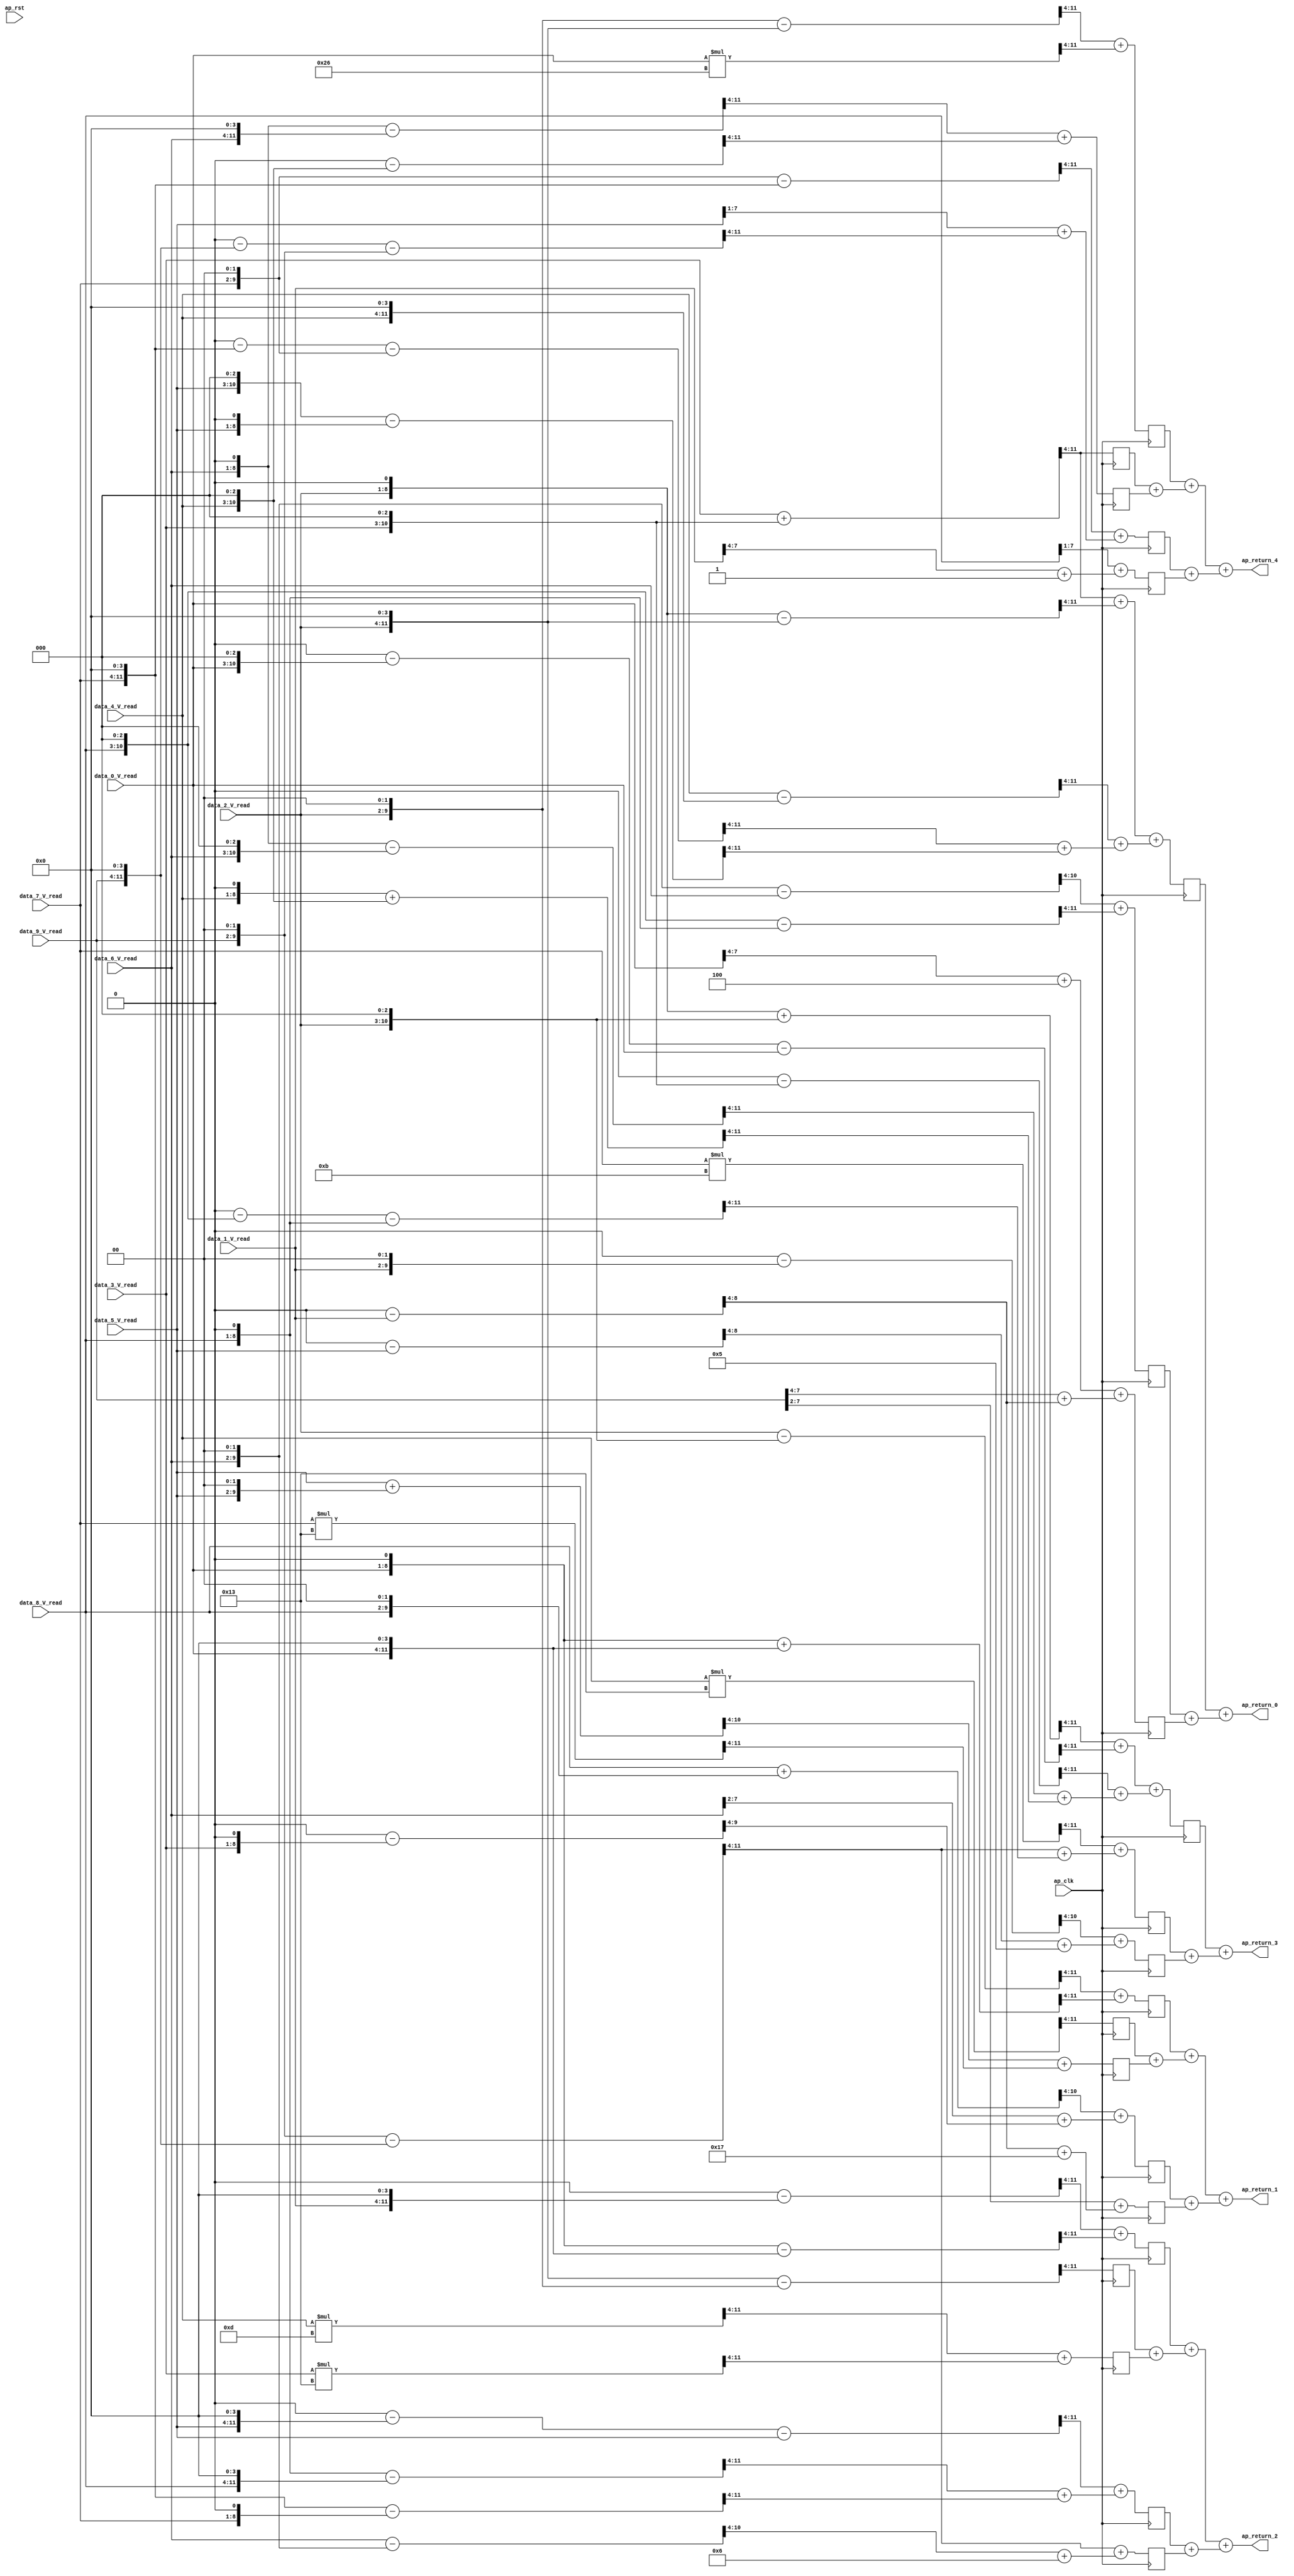
// ==============================================================
// RTL generated by Vivado(TM) HLS - High-Level Synthesis from C, C++ and SystemC
// Version: 2018.2
// Copyright (C) 1986-2018 Xilinx, Inc. All Rights Reserved.
// 
// ===========================================================

`timescale 1 ns / 1 ps 

module dense_wrapper_ap_fixed_ap_fixed_8_4_5_3_0_config10_s (
        ap_clk,
        ap_rst,
        data_0_V_read,
        data_1_V_read,
        data_2_V_read,
        data_3_V_read,
        data_4_V_read,
        data_5_V_read,
        data_6_V_read,
        data_7_V_read,
        data_8_V_read,
        data_9_V_read,
        ap_return_0,
        ap_return_1,
        ap_return_2,
        ap_return_3,
        ap_return_4
);


input   ap_clk;
input   ap_rst;
input  [7:0] data_0_V_read;
input  [7:0] data_1_V_read;
input  [7:0] data_2_V_read;
input  [7:0] data_3_V_read;
input  [7:0] data_4_V_read;
input  [7:0] data_5_V_read;
input  [7:0] data_6_V_read;
input  [7:0] data_7_V_read;
input  [7:0] data_8_V_read;
input  [7:0] data_9_V_read;
output  [7:0] ap_return_0;
output  [7:0] ap_return_1;
output  [7:0] ap_return_2;
output  [7:0] ap_return_3;
output  [7:0] ap_return_4;

reg   [7:0] tmp_80_2_2_reg_2960;
wire    ap_block_state1_pp0_stage0_iter0;
wire    ap_block_state2_pp0_stage0_iter1;
wire    ap_block_pp0_stage0_11001;
wire   [7:0] tmp_80_3_fu_1829_p4;
reg   [7:0] tmp_80_3_reg_2965;
reg   [7:0] tmp_80_4_1_reg_2970;
wire   [7:0] tmp6_fu_2647_p2;
reg   [7:0] tmp6_reg_2975;
wire   [7:0] tmp11_fu_2653_p2;
reg   [7:0] tmp11_reg_2980;
wire   [6:0] tmp12_fu_2669_p2;
reg   [6:0] tmp12_reg_2985;
wire   [7:0] tmp15_fu_2675_p2;
reg   [7:0] tmp15_reg_2990;
wire   [7:0] tmp17_fu_2681_p2;
reg   [7:0] tmp17_reg_2995;
wire   [7:0] tmp19_fu_2697_p2;
reg   [7:0] tmp19_reg_3000;
wire   [6:0] tmp21_fu_2713_p2;
reg   [6:0] tmp21_reg_3005;
wire   [7:0] tmp24_fu_2719_p2;
reg   [7:0] tmp24_reg_3010;
wire   [7:0] tmp26_fu_2725_p2;
reg   [7:0] tmp26_reg_3015;
wire   [7:0] tmp28_fu_2737_p2;
reg   [7:0] tmp28_reg_3020;
wire   [7:0] tmp30_fu_2749_p2;
reg   [7:0] tmp30_reg_3025;
wire   [7:0] tmp32_fu_2773_p2;
reg   [7:0] tmp32_reg_3030;
wire   [7:0] tmp37_fu_2785_p2;
reg   [7:0] tmp37_reg_3035;
wire   [7:0] tmp39_fu_2801_p2;
reg   [7:0] tmp39_reg_3040;
wire   [7:0] tmp42_fu_2807_p2;
reg   [7:0] tmp42_reg_3045;
wire   [7:0] tmp44_fu_2813_p2;
reg   [7:0] tmp44_reg_3050;
wire   [7:0] tmp46_fu_2825_p2;
reg   [7:0] tmp46_reg_3055;
wire   [7:0] tmp48_fu_2841_p2;
reg   [7:0] tmp48_reg_3060;
wire  signed [7:0] p_Val2_7_1_fu_186_p0;
wire  signed [11:0] OP1_V_7_cast_fu_2285_p1;
wire    ap_block_pp0_stage0;
wire  signed [7:0] p_Val2_4_1_fu_201_p0;
wire  signed [11:0] OP1_V_4_cast_fu_1897_p1;
wire  signed [7:0] p_Val2_3_2_fu_205_p0;
wire  signed [11:0] OP1_V_3_cast_fu_1806_p1;
wire  signed [7:0] p_Val2_4_2_fu_213_p0;
wire  signed [7:0] p_Val2_0_4_fu_216_p0;
wire  signed [11:0] OP1_V_0_cast_fu_1469_p1;
wire  signed [7:0] p_Val2_7_3_fu_221_p0;
wire  signed [7:0] OP1_V_0_cast_fu_1469_p0;
wire  signed [7:0] tmp_184_fu_1474_p1;
wire   [3:0] tmp_184_fu_1474_p4;
wire  signed [7:0] p_shl78_fu_1488_p1;
wire  signed [7:0] p_shl79_fu_1496_p1;
wire   [8:0] p_shl79_fu_1496_p3;
wire  signed [11:0] p_shl79_cast_fu_1504_p1;
wire   [11:0] p_shl78_fu_1488_p3;
wire   [11:0] p_Val2_0_1_fu_1508_p2;
wire   [11:0] p_Val2_0_2_fu_1524_p2;
wire  signed [7:0] p_shl73_fu_1540_p1;
wire   [10:0] p_shl73_fu_1540_p3;
wire  signed [11:0] p_shl73_cast_fu_1548_p1;
wire   [11:0] p_neg32_fu_1552_p2;
wire   [11:0] p_Val2_0_3_fu_1558_p2;
wire   [11:0] p_Val2_0_4_fu_216_p2;
wire  signed [7:0] OP1_V_1_cast_fu_1584_p0;
wire  signed [8:0] OP1_V_1_cast_fu_1584_p1;
wire   [8:0] p_Val2_1_fu_1588_p2;
wire   [4:0] tmp_185_fu_1594_p4;
wire  signed [7:0] p_shl71_fu_1608_p1;
wire   [11:0] p_shl71_fu_1608_p3;
wire   [11:0] p_Val2_1_2_fu_1616_p2;
wire  signed [7:0] p_shl69_fu_1632_p1;
wire   [9:0] p_shl69_fu_1632_p3;
wire  signed [10:0] p_shl69_cast_fu_1640_p1;
wire   [10:0] p_Val2_1_3_fu_1644_p2;
wire   [6:0] tmp_186_fu_1650_p4;
wire  signed [7:0] tmp_188_fu_1664_p1;
wire   [3:0] tmp_188_fu_1664_p4;
wire  signed [7:0] OP1_V_2_cast_fu_1678_p0;
wire  signed [7:0] p_shl66_fu_1682_p1;
wire  signed [7:0] p_shl68_fu_1690_p1;
wire   [8:0] p_shl68_fu_1690_p3;
wire  signed [11:0] p_shl68_cast_fu_1698_p1;
wire   [11:0] p_shl66_fu_1682_p3;
wire   [11:0] p_Val2_2_fu_1702_p2;
wire  signed [7:0] tmp_204_fu_1718_p1;
wire   [10:0] tmp_204_fu_1718_p3;
wire  signed [11:0] OP1_V_2_cast_fu_1678_p1;
wire  signed [11:0] p_shl4_fu_1726_p1;
wire   [11:0] p_Val2_2_1_fu_1730_p2;
wire  signed [7:0] p_shl63_fu_1746_p1;
wire   [9:0] p_shl63_fu_1746_p3;
wire  signed [11:0] p_shl63_cast_fu_1754_p1;
wire   [11:0] p_Val2_2_2_fu_1758_p2;
wire   [11:0] p_Val2_2_3_fu_1774_p2;
wire   [11:0] p_Val2_2_4_fu_1790_p2;
wire  signed [7:0] OP1_V_3_cast_fu_1806_p0;
wire  signed [7:0] p_shl56_fu_1811_p1;
wire   [10:0] p_shl56_fu_1811_p3;
wire  signed [11:0] p_shl56_cast_fu_1819_p1;
wire   [11:0] p_Val2_3_fu_1823_p2;
wire  signed [7:0] p_shl54_fu_1839_p1;
wire   [8:0] p_shl54_fu_1839_p3;
wire  signed [9:0] p_shl54_cast_fu_1847_p1;
wire   [9:0] p_Val2_3_1_fu_1851_p2;
wire   [5:0] tmp_189_fu_1857_p4;
wire   [11:0] p_Val2_3_2_fu_205_p2;
wire   [11:0] p_Val2_3_3_fu_1881_p2;
wire  signed [7:0] OP1_V_4_cast_fu_1897_p0;
wire  signed [7:0] p_shl2_fu_1903_p1;
wire   [11:0] p_shl2_fu_1903_p3;
wire   [11:0] p_Val2_4_fu_1911_p2;
wire   [11:0] p_Val2_4_1_fu_201_p2;
wire   [11:0] p_Val2_4_2_fu_213_p2;
wire  signed [7:0] p_shl48_fu_1947_p1;
wire   [10:0] p_shl48_fu_1947_p3;
wire  signed [7:0] p_shl49_fu_1959_p1;
wire   [8:0] p_shl49_fu_1959_p3;
wire  signed [11:0] p_shl49_cast_fu_1967_p1;
wire  signed [11:0] p_shl48_cast_fu_1955_p1;
wire   [11:0] p_Val2_4_3_fu_1971_p2;
wire   [11:0] p_Val2_4_4_fu_1987_p2;
wire  signed [7:0] OP1_V_5_cast4_fu_2003_p0;
wire  signed [7:0] OP1_V_5_cast6_fu_2007_p0;
wire  signed [7:0] OP1_V_5_cast_fu_2011_p0;
wire  signed [7:0] p_shl44_fu_2015_p1;
wire   [10:0] p_shl44_fu_2015_p3;
wire  signed [7:0] p_shl45_fu_2027_p1;
wire   [8:0] p_shl45_fu_2027_p3;
wire  signed [11:0] p_shl44_cast_fu_2023_p1;
wire  signed [11:0] p_shl45_cast_fu_2035_p1;
wire   [11:0] p_Val2_5_fu_2039_p2;
wire  signed [7:0] p_shl43_fu_2055_p1;
wire   [9:0] p_shl43_fu_2055_p3;
wire  signed [10:0] OP1_V_5_cast_fu_2011_p1;
wire  signed [10:0] p_shl43_cast_fu_2063_p1;
wire   [10:0] p_Val2_5_1_fu_2067_p2;
wire   [6:0] tmp_190_fu_2073_p4;
wire  signed [7:0] p_shl41_fu_2087_p1;
wire   [11:0] p_shl41_fu_2087_p3;
wire   [11:0] p_neg33_fu_2095_p2;
wire  signed [11:0] OP1_V_5_cast4_fu_2003_p1;
wire   [11:0] p_Val2_5_2_fu_2101_p2;
wire  signed [8:0] OP1_V_5_cast6_fu_2007_p1;
wire   [8:0] p_Val2_5_3_fu_2117_p2;
wire   [4:0] tmp_192_fu_2123_p4;
wire  signed [7:0] tmp_193_fu_2137_p1;
wire   [6:0] tmp_193_fu_2137_p4;
wire  signed [7:0] OP1_V_6_cast5_fu_2151_p0;
wire  signed [7:0] p_shl40_fu_2155_p1;
wire   [9:0] p_shl40_fu_2155_p3;
wire  signed [10:0] p_shl40_cast_fu_2163_p1;
wire  signed [10:0] OP1_V_6_cast5_fu_2151_p1;
wire   [10:0] p_Val2_6_fu_2167_p2;
wire   [6:0] tmp_194_fu_2173_p4;
wire  signed [7:0] tmp_196_fu_2187_p1;
wire   [5:0] tmp_196_fu_2187_p4;
wire   [10:0] p_Val2_6_2_fu_2201_p2;
wire   [6:0] tmp_197_fu_2207_p4;
wire  signed [7:0] p_shl35_fu_2221_p1;
wire   [10:0] p_shl35_fu_2221_p3;
wire  signed [7:0] p_shl37_fu_2233_p1;
wire   [8:0] p_shl37_fu_2233_p3;
wire  signed [11:0] p_shl37_cast_fu_2241_p1;
wire  signed [11:0] p_shl35_cast_fu_2229_p1;
wire   [11:0] p_Val2_6_3_fu_2245_p2;
wire  signed [7:0] p_shl32_fu_2261_p1;
wire   [11:0] p_shl32_fu_2261_p3;
wire   [11:0] p_Val2_6_4_fu_2269_p2;
wire  signed [7:0] OP1_V_7_cast_fu_2285_p0;
wire  signed [7:0] p_shl29_fu_2291_p1;
wire   [11:0] p_shl29_fu_2291_p3;
wire  signed [7:0] p_shl31_fu_2305_p1;
wire   [9:0] p_shl31_fu_2305_p3;
wire   [11:0] p_neg30_fu_2299_p2;
wire  signed [11:0] p_shl31_cast_fu_2313_p1;
wire   [11:0] p_Val2_7_fu_2317_p2;
wire   [11:0] p_Val2_7_1_fu_186_p2;
wire  signed [7:0] p_shl28_fu_2343_p1;
wire   [8:0] p_shl28_fu_2343_p3;
wire  signed [11:0] p_shl28_cast_fu_2351_p1;
wire   [11:0] p_Val2_7_2_fu_2355_p2;
wire   [11:0] p_Val2_7_3_fu_221_p2;
wire   [11:0] p_Val2_7_4_fu_2381_p2;
wire  signed [7:0] OP1_V_8_cast_fu_2397_p0;
wire  signed [7:0] p_shl22_fu_2401_p1;
wire   [10:0] p_shl22_fu_2401_p3;
wire  signed [7:0] p_shl23_fu_2413_p1;
wire   [8:0] p_shl23_fu_2413_p3;
wire  signed [11:0] p_shl22_cast_fu_2409_p1;
wire  signed [11:0] p_shl23_cast_fu_2421_p1;
wire   [11:0] p_Val2_8_fu_2425_p2;
wire  signed [7:0] p_shl21_fu_2441_p1;
wire   [9:0] p_shl21_fu_2441_p3;
wire  signed [10:0] OP1_V_8_cast_fu_2397_p1;
wire  signed [10:0] p_shl21_cast_fu_2449_p1;
wire   [10:0] p_Val2_8_1_fu_2453_p2;
wire   [6:0] tmp_199_fu_2459_p4;
wire  signed [7:0] p_shl18_fu_2473_p1;
wire   [11:0] p_shl18_fu_2473_p3;
wire   [11:0] p_Val2_8_2_fu_2481_p2;
wire   [11:0] p_neg16_fu_2497_p2;
wire   [11:0] p_Val2_8_3_fu_2503_p2;
wire  signed [7:0] tmp_201_fu_2519_p1;
wire   [6:0] tmp_201_fu_2519_p4;
wire   [3:0] tmp_202_fu_2533_p4;
wire   [5:0] tmp_203_fu_2547_p4;
wire   [9:0] p_shl14_fu_2569_p3;
wire  signed [11:0] p_shl14_cast_fu_2577_p1;
wire   [11:0] p_shl12_fu_2561_p3;
wire   [11:0] p_Val2_9_2_fu_2581_p2;
wire   [11:0] p_neg_fu_2597_p2;
wire   [11:0] p_Val2_9_4_fu_2603_p2;
wire  signed [4:0] tmp_80_0_cast_fu_1484_p1;
wire   [4:0] p_Val2_17_fu_2619_p2;
wire   [7:0] tmp_80_2_fu_1708_p4;
wire   [7:0] tmp_80_7_fu_2323_p4;
wire   [7:0] tmp_80_5_fu_2045_p4;
wire   [7:0] tmp_80_4_fu_1917_p4;
wire   [7:0] tmp9_fu_2635_p2;
wire   [7:0] tmp7_fu_2629_p2;
wire   [7:0] tmp8_fu_2641_p2;
wire  signed [7:0] tmp_195_fu_2183_p1;
wire   [7:0] tmp_80_8_fu_2431_p4;
wire  signed [5:0] tmp_80_9_cast_fu_2543_p1;
wire  signed [5:0] p_cast45_fu_1604_p1;
wire   [5:0] tmp13_fu_2659_p2;
wire  signed [6:0] p_Val2_17_0_cast_cast_fu_2625_p1;
wire  signed [6:0] tmp13_cast_fu_2665_p1;
wire   [7:0] tmp_80_2_1_fu_1736_p4;
wire   [7:0] tmp_80_0_1_fu_1514_p4;
wire  signed [7:0] tmp_191_fu_2083_p1;
wire   [7:0] tmp_80_7_1_fu_2333_p4;
wire  signed [6:0] tmp_80_6_1_cast_fu_2197_p1;
wire  signed [6:0] p_cast46_fu_1867_p1;
wire   [6:0] tmp20_fu_2687_p2;
wire  signed [7:0] tmp_200_fu_2469_p1;
wire  signed [7:0] tmp20_cast_fu_2693_p1;
wire   [5:0] tmp22_fu_2703_p2;
wire  signed [6:0] tmp_80_9_1_cast_fu_2557_p1;
wire  signed [6:0] tmp22_cast_fu_2709_p1;
wire   [7:0] tmp_80_1_2_fu_1622_p4;
wire   [7:0] tmp_80_0_2_fu_1530_p4;
wire   [7:0] tmp_80_4_2_fu_1937_p4;
wire   [7:0] tmp_80_3_2_fu_1871_p4;
wire   [7:0] tmp_80_8_2_fu_2487_p4;
wire   [7:0] tmp_80_7_2_fu_2361_p4;
wire   [7:0] tmp_80_5_2_fu_2107_p4;
wire   [7:0] tmp29_fu_2731_p2;
wire  signed [7:0] tmp_198_fu_2217_p1;
wire   [7:0] tmp_80_9_2_fu_2587_p4;
wire   [7:0] tmp31_fu_2743_p2;
wire   [7:0] tmp_80_2_3_fu_1780_p4;
wire   [7:0] tmp_80_0_3_fu_1564_p4;
wire   [7:0] tmp_80_6_3_fu_2251_p4;
wire   [7:0] tmp_80_4_3_fu_1977_p4;
wire   [7:0] tmp_80_3_3_fu_1887_p4;
wire   [7:0] tmp35_fu_2761_p2;
wire   [7:0] tmp33_fu_2755_p2;
wire   [7:0] tmp34_fu_2767_p2;
wire   [7:0] tmp_80_8_3_fu_2509_p4;
wire   [7:0] tmp_80_7_3_fu_2371_p4;
wire   [7:0] tmp38_fu_2779_p2;
wire  signed [5:0] p_cast_fu_2133_p1;
wire   [5:0] tmp40_fu_2791_p2;
wire  signed [7:0] tmp_187_fu_1660_p1;
wire  signed [7:0] tmp40_cast_fu_2797_p1;
wire   [7:0] tmp_80_2_4_fu_1796_p4;
wire   [7:0] tmp_80_0_4_fu_1574_p4;
wire   [7:0] tmp_80_6_4_fu_2275_p4;
wire   [7:0] tmp_80_4_4_fu_1993_p4;
wire  signed [7:0] tmp_80_5_4_fu_2147_p1;
wire   [7:0] tmp_80_9_4_fu_2609_p4;
wire   [7:0] tmp_80_7_4_fu_2387_p4;
wire   [7:0] tmp47_fu_2819_p2;
wire  signed [4:0] tmp_80_1_4_cast_fu_1674_p1;
wire   [4:0] tmp49_fu_2831_p2;
wire  signed [7:0] tmp_80_8_4_fu_2529_p1;
wire  signed [7:0] tmp49_cast_fu_2837_p1;
wire  signed [7:0] tmp12_cast_fu_2847_p1;
wire   [7:0] tmp10_fu_2850_p2;
wire   [7:0] tmp16_fu_2860_p2;
wire  signed [7:0] tmp21_cast_fu_2869_p1;
wire   [7:0] tmp14_fu_2864_p2;
wire   [7:0] tmp18_fu_2872_p2;
wire   [7:0] tmp25_fu_2883_p2;
wire   [7:0] tmp23_fu_2887_p2;
wire   [7:0] tmp27_fu_2892_p2;
wire   [7:0] tmp36_fu_2902_p2;
wire   [7:0] tmp43_fu_2911_p2;
wire   [7:0] tmp41_fu_2915_p2;
wire   [7:0] tmp45_fu_2920_p2;
wire   [7:0] res_0_V_write_assign_fu_2855_p2;
wire   [7:0] acc_1_V_fu_2877_p2;
wire   [7:0] acc_2_V_fu_2896_p2;
wire   [7:0] acc_3_V_fu_2906_p2;
wire   [7:0] acc_4_V_fu_2924_p2;

always @ (posedge ap_clk) begin
    if ((1'b0 == ap_block_pp0_stage0_11001)) begin
        tmp11_reg_2980 <= tmp11_fu_2653_p2;
        tmp12_reg_2985 <= tmp12_fu_2669_p2;
        tmp15_reg_2990 <= tmp15_fu_2675_p2;
        tmp17_reg_2995 <= tmp17_fu_2681_p2;
        tmp19_reg_3000 <= tmp19_fu_2697_p2;
        tmp21_reg_3005 <= tmp21_fu_2713_p2;
        tmp24_reg_3010 <= tmp24_fu_2719_p2;
        tmp26_reg_3015 <= tmp26_fu_2725_p2;
        tmp28_reg_3020 <= tmp28_fu_2737_p2;
        tmp30_reg_3025 <= tmp30_fu_2749_p2;
        tmp32_reg_3030 <= tmp32_fu_2773_p2;
        tmp37_reg_3035 <= tmp37_fu_2785_p2;
        tmp39_reg_3040 <= tmp39_fu_2801_p2;
        tmp42_reg_3045 <= tmp42_fu_2807_p2;
        tmp44_reg_3050 <= tmp44_fu_2813_p2;
        tmp46_reg_3055 <= tmp46_fu_2825_p2;
        tmp48_reg_3060 <= tmp48_fu_2841_p2;
        tmp6_reg_2975 <= tmp6_fu_2647_p2;
        tmp_80_2_2_reg_2960 <= {{p_Val2_2_2_fu_1758_p2[11:4]}};
        tmp_80_3_reg_2965 <= {{p_Val2_3_fu_1823_p2[11:4]}};
        tmp_80_4_1_reg_2970 <= {{p_Val2_4_1_fu_201_p2[11:4]}};
    end
end

assign OP1_V_0_cast_fu_1469_p0 = data_0_V_read;

assign OP1_V_0_cast_fu_1469_p1 = OP1_V_0_cast_fu_1469_p0;

assign OP1_V_1_cast_fu_1584_p0 = data_1_V_read;

assign OP1_V_1_cast_fu_1584_p1 = OP1_V_1_cast_fu_1584_p0;

assign OP1_V_2_cast_fu_1678_p0 = data_2_V_read;

assign OP1_V_2_cast_fu_1678_p1 = OP1_V_2_cast_fu_1678_p0;

assign OP1_V_3_cast_fu_1806_p0 = data_3_V_read;

assign OP1_V_3_cast_fu_1806_p1 = OP1_V_3_cast_fu_1806_p0;

assign OP1_V_4_cast_fu_1897_p0 = data_4_V_read;

assign OP1_V_4_cast_fu_1897_p1 = OP1_V_4_cast_fu_1897_p0;

assign OP1_V_5_cast4_fu_2003_p0 = data_5_V_read;

assign OP1_V_5_cast4_fu_2003_p1 = OP1_V_5_cast4_fu_2003_p0;

assign OP1_V_5_cast6_fu_2007_p0 = data_5_V_read;

assign OP1_V_5_cast6_fu_2007_p1 = OP1_V_5_cast6_fu_2007_p0;

assign OP1_V_5_cast_fu_2011_p0 = data_5_V_read;

assign OP1_V_5_cast_fu_2011_p1 = OP1_V_5_cast_fu_2011_p0;

assign OP1_V_6_cast5_fu_2151_p0 = data_6_V_read;

assign OP1_V_6_cast5_fu_2151_p1 = OP1_V_6_cast5_fu_2151_p0;

assign OP1_V_7_cast_fu_2285_p0 = data_7_V_read;

assign OP1_V_7_cast_fu_2285_p1 = OP1_V_7_cast_fu_2285_p0;

assign OP1_V_8_cast_fu_2397_p0 = data_8_V_read;

assign OP1_V_8_cast_fu_2397_p1 = OP1_V_8_cast_fu_2397_p0;

assign acc_1_V_fu_2877_p2 = (tmp14_fu_2864_p2 + tmp18_fu_2872_p2);

assign acc_2_V_fu_2896_p2 = (tmp23_fu_2887_p2 + tmp27_fu_2892_p2);

assign acc_3_V_fu_2906_p2 = (tmp32_reg_3030 + tmp36_fu_2902_p2);

assign acc_4_V_fu_2924_p2 = (tmp41_fu_2915_p2 + tmp45_fu_2920_p2);

assign ap_block_pp0_stage0 = ~(1'b1 == 1'b1);

assign ap_block_pp0_stage0_11001 = ~(1'b1 == 1'b1);

assign ap_block_state1_pp0_stage0_iter0 = ~(1'b1 == 1'b1);

assign ap_block_state2_pp0_stage0_iter1 = ~(1'b1 == 1'b1);

assign ap_return_0 = res_0_V_write_assign_fu_2855_p2;

assign ap_return_1 = acc_1_V_fu_2877_p2;

assign ap_return_2 = acc_2_V_fu_2896_p2;

assign ap_return_3 = acc_3_V_fu_2906_p2;

assign ap_return_4 = acc_4_V_fu_2924_p2;

assign p_Val2_0_1_fu_1508_p2 = ($signed(p_shl79_cast_fu_1504_p1) + $signed(p_shl78_fu_1488_p3));

assign p_Val2_0_2_fu_1524_p2 = ($signed(p_shl79_cast_fu_1504_p1) - $signed(p_shl78_fu_1488_p3));

assign p_Val2_0_3_fu_1558_p2 = ($signed(p_neg32_fu_1552_p2) - $signed(OP1_V_0_cast_fu_1469_p1));

assign p_Val2_0_4_fu_216_p0 = OP1_V_0_cast_fu_1469_p1;

assign p_Val2_0_4_fu_216_p2 = ($signed(p_Val2_0_4_fu_216_p0) * $signed(-'h1A));

assign p_Val2_17_0_cast_cast_fu_2625_p1 = $signed(p_Val2_17_fu_2619_p2);

assign p_Val2_17_fu_2619_p2 = ($signed(tmp_80_0_cast_fu_1484_p1) + $signed(5'd28));

assign p_Val2_1_2_fu_1616_p2 = (12'd0 - p_shl71_fu_1608_p3);

assign p_Val2_1_3_fu_1644_p2 = ($signed(11'd0) - $signed(p_shl69_cast_fu_1640_p1));

assign p_Val2_1_fu_1588_p2 = ($signed(9'd0) - $signed(OP1_V_1_cast_fu_1584_p1));

assign p_Val2_2_1_fu_1730_p2 = ($signed(OP1_V_2_cast_fu_1678_p1) - $signed(p_shl4_fu_1726_p1));

assign p_Val2_2_2_fu_1758_p2 = ($signed(p_shl66_fu_1682_p3) - $signed(p_shl63_cast_fu_1754_p1));

assign p_Val2_2_3_fu_1774_p2 = ($signed(p_shl68_cast_fu_1698_p1) + $signed(p_shl4_fu_1726_p1));

assign p_Val2_2_4_fu_1790_p2 = ($signed(p_shl63_cast_fu_1754_p1) - $signed(p_shl66_fu_1682_p3));

assign p_Val2_2_fu_1702_p2 = ($signed(p_shl68_cast_fu_1698_p1) - $signed(p_shl66_fu_1682_p3));

assign p_Val2_3_1_fu_1851_p2 = ($signed(10'd0) - $signed(p_shl54_cast_fu_1847_p1));

assign p_Val2_3_2_fu_205_p0 = OP1_V_3_cast_fu_1806_p1;

assign p_Val2_3_2_fu_205_p2 = ($signed(p_Val2_3_2_fu_205_p0) * $signed(-'hD));

assign p_Val2_3_3_fu_1881_p2 = ($signed(12'd0) - $signed(p_shl56_cast_fu_1819_p1));

assign p_Val2_3_fu_1823_p2 = ($signed(OP1_V_3_cast_fu_1806_p1) + $signed(p_shl56_cast_fu_1819_p1));

assign p_Val2_4_1_fu_201_p0 = OP1_V_4_cast_fu_1897_p1;

assign p_Val2_4_1_fu_201_p2 = ($signed(p_Val2_4_1_fu_201_p0) * $signed(-'hD));

assign p_Val2_4_2_fu_213_p0 = OP1_V_4_cast_fu_1897_p1;

assign p_Val2_4_2_fu_213_p2 = ($signed(p_Val2_4_2_fu_213_p0) * $signed('hD));

assign p_Val2_4_3_fu_1971_p2 = ($signed(p_shl49_cast_fu_1967_p1) + $signed(p_shl48_cast_fu_1955_p1));

assign p_Val2_4_4_fu_1987_p2 = ($signed(12'd0) - $signed(p_shl48_cast_fu_1955_p1));

assign p_Val2_4_fu_1911_p2 = ($signed(OP1_V_4_cast_fu_1897_p1) - $signed(p_shl2_fu_1903_p3));

assign p_Val2_5_1_fu_2067_p2 = ($signed(OP1_V_5_cast_fu_2011_p1) + $signed(p_shl43_cast_fu_2063_p1));

assign p_Val2_5_2_fu_2101_p2 = ($signed(p_neg33_fu_2095_p2) - $signed(OP1_V_5_cast4_fu_2003_p1));

assign p_Val2_5_3_fu_2117_p2 = ($signed(9'd0) - $signed(OP1_V_5_cast6_fu_2007_p1));

assign p_Val2_5_fu_2039_p2 = ($signed(p_shl44_cast_fu_2023_p1) - $signed(p_shl45_cast_fu_2035_p1));

assign p_Val2_6_2_fu_2201_p2 = ($signed(OP1_V_6_cast5_fu_2151_p1) - $signed(p_shl40_cast_fu_2163_p1));

assign p_Val2_6_3_fu_2245_p2 = ($signed(p_shl37_cast_fu_2241_p1) - $signed(p_shl35_cast_fu_2229_p1));

assign p_Val2_6_4_fu_2269_p2 = ($signed(p_shl37_cast_fu_2241_p1) - $signed(p_shl32_fu_2261_p3));

assign p_Val2_6_fu_2167_p2 = ($signed(p_shl40_cast_fu_2163_p1) - $signed(OP1_V_6_cast5_fu_2151_p1));

assign p_Val2_7_1_fu_186_p0 = OP1_V_7_cast_fu_2285_p1;

assign p_Val2_7_1_fu_186_p2 = ($signed(p_Val2_7_1_fu_186_p0) * $signed(-'hD));

assign p_Val2_7_2_fu_2355_p2 = ($signed(p_shl29_fu_2291_p3) - $signed(p_shl28_cast_fu_2351_p1));

assign p_Val2_7_3_fu_221_p0 = OP1_V_7_cast_fu_2285_p1;

assign p_Val2_7_3_fu_221_p2 = ($signed(p_Val2_7_3_fu_221_p0) * $signed('hB));

assign p_Val2_7_4_fu_2381_p2 = ($signed(p_shl31_cast_fu_2313_p1) - $signed(p_shl29_fu_2291_p3));

assign p_Val2_7_fu_2317_p2 = ($signed(p_neg30_fu_2299_p2) - $signed(p_shl31_cast_fu_2313_p1));

assign p_Val2_8_1_fu_2453_p2 = ($signed(OP1_V_8_cast_fu_2397_p1) + $signed(p_shl21_cast_fu_2449_p1));

assign p_Val2_8_2_fu_2481_p2 = ($signed(p_shl23_cast_fu_2421_p1) - $signed(p_shl18_fu_2473_p3));

assign p_Val2_8_3_fu_2503_p2 = ($signed(p_neg16_fu_2497_p2) - $signed(p_shl23_cast_fu_2421_p1));

assign p_Val2_8_fu_2425_p2 = ($signed(p_shl22_cast_fu_2409_p1) - $signed(p_shl23_cast_fu_2421_p1));

assign p_Val2_9_2_fu_2581_p2 = ($signed(p_shl14_cast_fu_2577_p1) - $signed(p_shl12_fu_2561_p3));

assign p_Val2_9_4_fu_2603_p2 = ($signed(p_neg_fu_2597_p2) - $signed(p_shl14_cast_fu_2577_p1));

assign p_cast45_fu_1604_p1 = $signed(tmp_185_fu_1594_p4);

assign p_cast46_fu_1867_p1 = $signed(tmp_189_fu_1857_p4);

assign p_cast_fu_2133_p1 = $signed(tmp_192_fu_2123_p4);

assign p_neg16_fu_2497_p2 = ($signed(12'd0) - $signed(p_shl22_cast_fu_2409_p1));

assign p_neg30_fu_2299_p2 = (12'd0 - p_shl29_fu_2291_p3);

assign p_neg32_fu_1552_p2 = ($signed(12'd0) - $signed(p_shl73_cast_fu_1548_p1));

assign p_neg33_fu_2095_p2 = (12'd0 - p_shl41_fu_2087_p3);

assign p_neg_fu_2597_p2 = (12'd0 - p_shl12_fu_2561_p3);

assign p_shl12_fu_2561_p3 = {{data_9_V_read}, {4'd0}};

assign p_shl14_cast_fu_2577_p1 = $signed(p_shl14_fu_2569_p3);

assign p_shl14_fu_2569_p3 = {{data_9_V_read}, {2'd0}};

assign p_shl18_fu_2473_p1 = data_8_V_read;

assign p_shl18_fu_2473_p3 = {{p_shl18_fu_2473_p1}, {4'd0}};

assign p_shl21_cast_fu_2449_p1 = $signed(p_shl21_fu_2441_p3);

assign p_shl21_fu_2441_p1 = data_8_V_read;

assign p_shl21_fu_2441_p3 = {{p_shl21_fu_2441_p1}, {2'd0}};

assign p_shl22_cast_fu_2409_p1 = $signed(p_shl22_fu_2401_p3);

assign p_shl22_fu_2401_p1 = data_8_V_read;

assign p_shl22_fu_2401_p3 = {{p_shl22_fu_2401_p1}, {3'd0}};

assign p_shl23_cast_fu_2421_p1 = $signed(p_shl23_fu_2413_p3);

assign p_shl23_fu_2413_p1 = data_8_V_read;

assign p_shl23_fu_2413_p3 = {{p_shl23_fu_2413_p1}, {1'd0}};

assign p_shl28_cast_fu_2351_p1 = $signed(p_shl28_fu_2343_p3);

assign p_shl28_fu_2343_p1 = data_7_V_read;

assign p_shl28_fu_2343_p3 = {{p_shl28_fu_2343_p1}, {1'd0}};

assign p_shl29_fu_2291_p1 = data_7_V_read;

assign p_shl29_fu_2291_p3 = {{p_shl29_fu_2291_p1}, {4'd0}};

assign p_shl2_fu_1903_p1 = data_4_V_read;

assign p_shl2_fu_1903_p3 = {{p_shl2_fu_1903_p1}, {4'd0}};

assign p_shl31_cast_fu_2313_p1 = $signed(p_shl31_fu_2305_p3);

assign p_shl31_fu_2305_p1 = data_7_V_read;

assign p_shl31_fu_2305_p3 = {{p_shl31_fu_2305_p1}, {2'd0}};

assign p_shl32_fu_2261_p1 = data_6_V_read;

assign p_shl32_fu_2261_p3 = {{p_shl32_fu_2261_p1}, {4'd0}};

assign p_shl35_cast_fu_2229_p1 = $signed(p_shl35_fu_2221_p3);

assign p_shl35_fu_2221_p1 = data_6_V_read;

assign p_shl35_fu_2221_p3 = {{p_shl35_fu_2221_p1}, {3'd0}};

assign p_shl37_cast_fu_2241_p1 = $signed(p_shl37_fu_2233_p3);

assign p_shl37_fu_2233_p1 = data_6_V_read;

assign p_shl37_fu_2233_p3 = {{p_shl37_fu_2233_p1}, {1'd0}};

assign p_shl40_cast_fu_2163_p1 = $signed(p_shl40_fu_2155_p3);

assign p_shl40_fu_2155_p1 = data_6_V_read;

assign p_shl40_fu_2155_p3 = {{p_shl40_fu_2155_p1}, {2'd0}};

assign p_shl41_fu_2087_p1 = data_5_V_read;

assign p_shl41_fu_2087_p3 = {{p_shl41_fu_2087_p1}, {4'd0}};

assign p_shl43_cast_fu_2063_p1 = $signed(p_shl43_fu_2055_p3);

assign p_shl43_fu_2055_p1 = data_5_V_read;

assign p_shl43_fu_2055_p3 = {{p_shl43_fu_2055_p1}, {2'd0}};

assign p_shl44_cast_fu_2023_p1 = $signed(p_shl44_fu_2015_p3);

assign p_shl44_fu_2015_p1 = data_5_V_read;

assign p_shl44_fu_2015_p3 = {{p_shl44_fu_2015_p1}, {3'd0}};

assign p_shl45_cast_fu_2035_p1 = $signed(p_shl45_fu_2027_p3);

assign p_shl45_fu_2027_p1 = data_5_V_read;

assign p_shl45_fu_2027_p3 = {{p_shl45_fu_2027_p1}, {1'd0}};

assign p_shl48_cast_fu_1955_p1 = $signed(p_shl48_fu_1947_p3);

assign p_shl48_fu_1947_p1 = data_4_V_read;

assign p_shl48_fu_1947_p3 = {{p_shl48_fu_1947_p1}, {3'd0}};

assign p_shl49_cast_fu_1967_p1 = $signed(p_shl49_fu_1959_p3);

assign p_shl49_fu_1959_p1 = data_4_V_read;

assign p_shl49_fu_1959_p3 = {{p_shl49_fu_1959_p1}, {1'd0}};

assign p_shl4_fu_1726_p1 = $signed(tmp_204_fu_1718_p3);

assign p_shl54_cast_fu_1847_p1 = $signed(p_shl54_fu_1839_p3);

assign p_shl54_fu_1839_p1 = data_3_V_read;

assign p_shl54_fu_1839_p3 = {{p_shl54_fu_1839_p1}, {1'd0}};

assign p_shl56_cast_fu_1819_p1 = $signed(p_shl56_fu_1811_p3);

assign p_shl56_fu_1811_p1 = data_3_V_read;

assign p_shl56_fu_1811_p3 = {{p_shl56_fu_1811_p1}, {3'd0}};

assign p_shl63_cast_fu_1754_p1 = $signed(p_shl63_fu_1746_p3);

assign p_shl63_fu_1746_p1 = data_2_V_read;

assign p_shl63_fu_1746_p3 = {{p_shl63_fu_1746_p1}, {2'd0}};

assign p_shl66_fu_1682_p1 = data_2_V_read;

assign p_shl66_fu_1682_p3 = {{p_shl66_fu_1682_p1}, {4'd0}};

assign p_shl68_cast_fu_1698_p1 = $signed(p_shl68_fu_1690_p3);

assign p_shl68_fu_1690_p1 = data_2_V_read;

assign p_shl68_fu_1690_p3 = {{p_shl68_fu_1690_p1}, {1'd0}};

assign p_shl69_cast_fu_1640_p1 = $signed(p_shl69_fu_1632_p3);

assign p_shl69_fu_1632_p1 = data_1_V_read;

assign p_shl69_fu_1632_p3 = {{p_shl69_fu_1632_p1}, {2'd0}};

assign p_shl71_fu_1608_p1 = data_1_V_read;

assign p_shl71_fu_1608_p3 = {{p_shl71_fu_1608_p1}, {4'd0}};

assign p_shl73_cast_fu_1548_p1 = $signed(p_shl73_fu_1540_p3);

assign p_shl73_fu_1540_p1 = data_0_V_read;

assign p_shl73_fu_1540_p3 = {{p_shl73_fu_1540_p1}, {3'd0}};

assign p_shl78_fu_1488_p1 = data_0_V_read;

assign p_shl78_fu_1488_p3 = {{p_shl78_fu_1488_p1}, {4'd0}};

assign p_shl79_cast_fu_1504_p1 = $signed(p_shl79_fu_1496_p3);

assign p_shl79_fu_1496_p1 = data_0_V_read;

assign p_shl79_fu_1496_p3 = {{p_shl79_fu_1496_p1}, {1'd0}};

assign res_0_V_write_assign_fu_2855_p2 = (tmp6_reg_2975 + tmp10_fu_2850_p2);

assign tmp10_fu_2850_p2 = ($signed(tmp11_reg_2980) + $signed(tmp12_cast_fu_2847_p1));

assign tmp11_fu_2653_p2 = ($signed(tmp_195_fu_2183_p1) + $signed(tmp_80_8_fu_2431_p4));

assign tmp12_cast_fu_2847_p1 = $signed(tmp12_reg_2985);

assign tmp12_fu_2669_p2 = ($signed(p_Val2_17_0_cast_cast_fu_2625_p1) + $signed(tmp13_cast_fu_2665_p1));

assign tmp13_cast_fu_2665_p1 = $signed(tmp13_fu_2659_p2);

assign tmp13_fu_2659_p2 = ($signed(tmp_80_9_cast_fu_2543_p1) + $signed(p_cast45_fu_1604_p1));

assign tmp14_fu_2864_p2 = (tmp15_reg_2990 + tmp16_fu_2860_p2);

assign tmp15_fu_2675_p2 = (tmp_80_2_1_fu_1736_p4 + tmp_80_0_1_fu_1514_p4);

assign tmp16_fu_2860_p2 = (tmp_80_4_1_reg_2970 + tmp17_reg_2995);

assign tmp17_fu_2681_p2 = ($signed(tmp_191_fu_2083_p1) + $signed(tmp_80_7_1_fu_2333_p4));

assign tmp18_fu_2872_p2 = ($signed(tmp19_reg_3000) + $signed(tmp21_cast_fu_2869_p1));

assign tmp19_fu_2697_p2 = ($signed(tmp_200_fu_2469_p1) + $signed(tmp20_cast_fu_2693_p1));

assign tmp20_cast_fu_2693_p1 = $signed(tmp20_fu_2687_p2);

assign tmp20_fu_2687_p2 = ($signed(tmp_80_6_1_cast_fu_2197_p1) + $signed(p_cast46_fu_1867_p1));

assign tmp21_cast_fu_2869_p1 = $signed(tmp21_reg_3005);

assign tmp21_fu_2713_p2 = ($signed(tmp_80_9_1_cast_fu_2557_p1) + $signed(tmp22_cast_fu_2709_p1));

assign tmp22_cast_fu_2709_p1 = $signed(tmp22_fu_2703_p2);

assign tmp22_fu_2703_p2 = ($signed(p_cast45_fu_1604_p1) + $signed(6'd55));

assign tmp23_fu_2887_p2 = (tmp24_reg_3010 + tmp25_fu_2883_p2);

assign tmp24_fu_2719_p2 = (tmp_80_1_2_fu_1622_p4 + tmp_80_0_2_fu_1530_p4);

assign tmp25_fu_2883_p2 = (tmp_80_2_2_reg_2960 + tmp26_reg_3015);

assign tmp26_fu_2725_p2 = (tmp_80_4_2_fu_1937_p4 + tmp_80_3_2_fu_1871_p4);

assign tmp27_fu_2892_p2 = (tmp28_reg_3020 + tmp30_reg_3025);

assign tmp28_fu_2737_p2 = (tmp_80_5_2_fu_2107_p4 + tmp29_fu_2731_p2);

assign tmp29_fu_2731_p2 = (tmp_80_8_2_fu_2487_p4 + tmp_80_7_2_fu_2361_p4);

assign tmp30_fu_2749_p2 = (tmp_80_9_2_fu_2587_p4 + tmp31_fu_2743_p2);

assign tmp31_fu_2743_p2 = ($signed(tmp_198_fu_2217_p1) + $signed(8'd6));

assign tmp32_fu_2773_p2 = (tmp33_fu_2755_p2 + tmp34_fu_2767_p2);

assign tmp33_fu_2755_p2 = (tmp_80_2_3_fu_1780_p4 + tmp_80_0_3_fu_1564_p4);

assign tmp34_fu_2767_p2 = (tmp_80_3_3_fu_1887_p4 + tmp35_fu_2761_p2);

assign tmp35_fu_2761_p2 = (tmp_80_6_3_fu_2251_p4 + tmp_80_4_3_fu_1977_p4);

assign tmp36_fu_2902_p2 = (tmp37_reg_3035 + tmp39_reg_3040);

assign tmp37_fu_2785_p2 = (tmp_80_7_3_fu_2371_p4 + tmp38_fu_2779_p2);

assign tmp38_fu_2779_p2 = (tmp_80_9_2_fu_2587_p4 + tmp_80_8_3_fu_2509_p4);

assign tmp39_fu_2801_p2 = ($signed(tmp_187_fu_1660_p1) + $signed(tmp40_cast_fu_2797_p1));

assign tmp40_cast_fu_2797_p1 = $signed(tmp40_fu_2791_p2);

assign tmp40_fu_2791_p2 = ($signed(p_cast_fu_2133_p1) + $signed(6'd5));

assign tmp41_fu_2915_p2 = (tmp42_reg_3045 + tmp43_fu_2911_p2);

assign tmp42_fu_2807_p2 = (tmp_80_2_4_fu_1796_p4 + tmp_80_0_4_fu_1574_p4);

assign tmp43_fu_2911_p2 = (tmp_80_3_reg_2965 + tmp44_reg_3050);

assign tmp44_fu_2813_p2 = (tmp_80_6_4_fu_2275_p4 + tmp_80_4_4_fu_1993_p4);

assign tmp45_fu_2920_p2 = (tmp46_reg_3055 + tmp48_reg_3060);

assign tmp46_fu_2825_p2 = (tmp_80_7_4_fu_2387_p4 + tmp47_fu_2819_p2);

assign tmp47_fu_2819_p2 = ($signed(tmp_80_5_4_fu_2147_p1) + $signed(tmp_80_9_4_fu_2609_p4));

assign tmp48_fu_2841_p2 = ($signed(tmp_80_8_4_fu_2529_p1) + $signed(tmp49_cast_fu_2837_p1));

assign tmp49_cast_fu_2837_p1 = $signed(tmp49_fu_2831_p2);

assign tmp49_fu_2831_p2 = ($signed(tmp_80_1_4_cast_fu_1674_p1) + $signed(5'd31));

assign tmp6_fu_2647_p2 = (tmp7_fu_2629_p2 + tmp8_fu_2641_p2);

assign tmp7_fu_2629_p2 = (tmp_80_3_fu_1829_p4 + tmp_80_2_fu_1708_p4);

assign tmp8_fu_2641_p2 = (tmp_80_4_fu_1917_p4 + tmp9_fu_2635_p2);

assign tmp9_fu_2635_p2 = (tmp_80_7_fu_2323_p4 + tmp_80_5_fu_2045_p4);

assign tmp_184_fu_1474_p1 = data_0_V_read;

assign tmp_184_fu_1474_p4 = {{tmp_184_fu_1474_p1[7:4]}};

assign tmp_185_fu_1594_p4 = {{p_Val2_1_fu_1588_p2[8:4]}};

assign tmp_186_fu_1650_p4 = {{p_Val2_1_3_fu_1644_p2[10:4]}};

assign tmp_187_fu_1660_p1 = $signed(tmp_186_fu_1650_p4);

assign tmp_188_fu_1664_p1 = data_1_V_read;

assign tmp_188_fu_1664_p4 = {{tmp_188_fu_1664_p1[7:4]}};

assign tmp_189_fu_1857_p4 = {{p_Val2_3_1_fu_1851_p2[9:4]}};

assign tmp_190_fu_2073_p4 = {{p_Val2_5_1_fu_2067_p2[10:4]}};

assign tmp_191_fu_2083_p1 = $signed(tmp_190_fu_2073_p4);

assign tmp_192_fu_2123_p4 = {{p_Val2_5_3_fu_2117_p2[8:4]}};

assign tmp_193_fu_2137_p1 = data_5_V_read;

assign tmp_193_fu_2137_p4 = {{tmp_193_fu_2137_p1[7:1]}};

assign tmp_194_fu_2173_p4 = {{p_Val2_6_fu_2167_p2[10:4]}};

assign tmp_195_fu_2183_p1 = $signed(tmp_194_fu_2173_p4);

assign tmp_196_fu_2187_p1 = data_6_V_read;

assign tmp_196_fu_2187_p4 = {{tmp_196_fu_2187_p1[7:2]}};

assign tmp_197_fu_2207_p4 = {{p_Val2_6_2_fu_2201_p2[10:4]}};

assign tmp_198_fu_2217_p1 = $signed(tmp_197_fu_2207_p4);

assign tmp_199_fu_2459_p4 = {{p_Val2_8_1_fu_2453_p2[10:4]}};

assign tmp_200_fu_2469_p1 = $signed(tmp_199_fu_2459_p4);

assign tmp_201_fu_2519_p1 = data_8_V_read;

assign tmp_201_fu_2519_p4 = {{tmp_201_fu_2519_p1[7:1]}};

assign tmp_202_fu_2533_p4 = {{data_9_V_read[7:4]}};

assign tmp_203_fu_2547_p4 = {{data_9_V_read[7:2]}};

assign tmp_204_fu_1718_p1 = data_2_V_read;

assign tmp_204_fu_1718_p3 = {{tmp_204_fu_1718_p1}, {3'd0}};

assign tmp_80_0_1_fu_1514_p4 = {{p_Val2_0_1_fu_1508_p2[11:4]}};

assign tmp_80_0_2_fu_1530_p4 = {{p_Val2_0_2_fu_1524_p2[11:4]}};

assign tmp_80_0_3_fu_1564_p4 = {{p_Val2_0_3_fu_1558_p2[11:4]}};

assign tmp_80_0_4_fu_1574_p4 = {{p_Val2_0_4_fu_216_p2[11:4]}};

assign tmp_80_0_cast_fu_1484_p1 = $signed(tmp_184_fu_1474_p4);

assign tmp_80_1_2_fu_1622_p4 = {{p_Val2_1_2_fu_1616_p2[11:4]}};

assign tmp_80_1_4_cast_fu_1674_p1 = $signed(tmp_188_fu_1664_p4);

assign tmp_80_2_1_fu_1736_p4 = {{p_Val2_2_1_fu_1730_p2[11:4]}};

assign tmp_80_2_3_fu_1780_p4 = {{p_Val2_2_3_fu_1774_p2[11:4]}};

assign tmp_80_2_4_fu_1796_p4 = {{p_Val2_2_4_fu_1790_p2[11:4]}};

assign tmp_80_2_fu_1708_p4 = {{p_Val2_2_fu_1702_p2[11:4]}};

assign tmp_80_3_2_fu_1871_p4 = {{p_Val2_3_2_fu_205_p2[11:4]}};

assign tmp_80_3_3_fu_1887_p4 = {{p_Val2_3_3_fu_1881_p2[11:4]}};

assign tmp_80_3_fu_1829_p4 = {{p_Val2_3_fu_1823_p2[11:4]}};

assign tmp_80_4_2_fu_1937_p4 = {{p_Val2_4_2_fu_213_p2[11:4]}};

assign tmp_80_4_3_fu_1977_p4 = {{p_Val2_4_3_fu_1971_p2[11:4]}};

assign tmp_80_4_4_fu_1993_p4 = {{p_Val2_4_4_fu_1987_p2[11:4]}};

assign tmp_80_4_fu_1917_p4 = {{p_Val2_4_fu_1911_p2[11:4]}};

assign tmp_80_5_2_fu_2107_p4 = {{p_Val2_5_2_fu_2101_p2[11:4]}};

assign tmp_80_5_4_fu_2147_p1 = $signed(tmp_193_fu_2137_p4);

assign tmp_80_5_fu_2045_p4 = {{p_Val2_5_fu_2039_p2[11:4]}};

assign tmp_80_6_1_cast_fu_2197_p1 = $signed(tmp_196_fu_2187_p4);

assign tmp_80_6_3_fu_2251_p4 = {{p_Val2_6_3_fu_2245_p2[11:4]}};

assign tmp_80_6_4_fu_2275_p4 = {{p_Val2_6_4_fu_2269_p2[11:4]}};

assign tmp_80_7_1_fu_2333_p4 = {{p_Val2_7_1_fu_186_p2[11:4]}};

assign tmp_80_7_2_fu_2361_p4 = {{p_Val2_7_2_fu_2355_p2[11:4]}};

assign tmp_80_7_3_fu_2371_p4 = {{p_Val2_7_3_fu_221_p2[11:4]}};

assign tmp_80_7_4_fu_2387_p4 = {{p_Val2_7_4_fu_2381_p2[11:4]}};

assign tmp_80_7_fu_2323_p4 = {{p_Val2_7_fu_2317_p2[11:4]}};

assign tmp_80_8_2_fu_2487_p4 = {{p_Val2_8_2_fu_2481_p2[11:4]}};

assign tmp_80_8_3_fu_2509_p4 = {{p_Val2_8_3_fu_2503_p2[11:4]}};

assign tmp_80_8_4_fu_2529_p1 = $signed(tmp_201_fu_2519_p4);

assign tmp_80_8_fu_2431_p4 = {{p_Val2_8_fu_2425_p2[11:4]}};

assign tmp_80_9_1_cast_fu_2557_p1 = $signed(tmp_203_fu_2547_p4);

assign tmp_80_9_2_fu_2587_p4 = {{p_Val2_9_2_fu_2581_p2[11:4]}};

assign tmp_80_9_4_fu_2609_p4 = {{p_Val2_9_4_fu_2603_p2[11:4]}};

assign tmp_80_9_cast_fu_2543_p1 = $signed(tmp_202_fu_2533_p4);

endmodule //dense_wrapper_ap_fixed_ap_fixed_8_4_5_3_0_config10_s